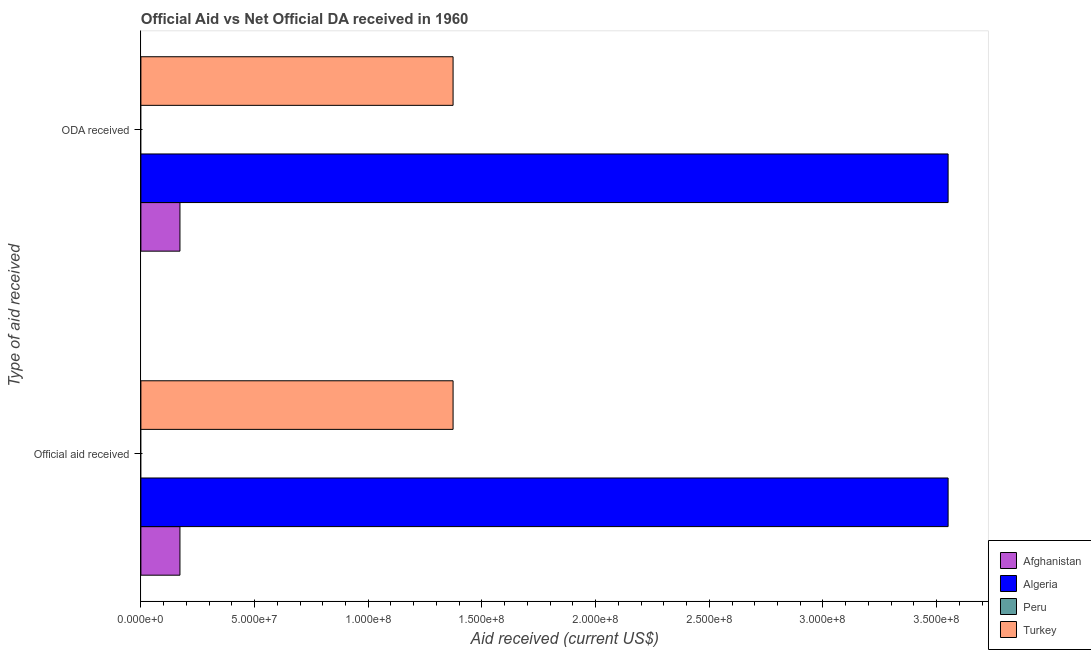
| Type of aid received | Afghanistan | Algeria | Peru | Turkey |
 | --- | --- | --- | --- | --- |
 | Official aid received | 1.72e+07 | 3.55e+08 | -1.18e+07 | 1.37e+08 |
 | ODA received | 1.72e+07 | 3.55e+08 | -1.18e+07 | 1.37e+08 |